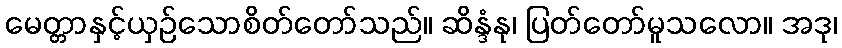
မေတ္တာနှင့်ယှဉ်သောစိတ်တော်သည်။ ဆိန္ဒံနု၊ ပြတ်တော်မူသလော။ အဒု၊